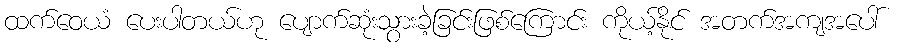
ထက်ဝေယံ ပေးပါတယ်ဟု ပျောက်ဆုံးသွားခဲ့ခြင်းဖြစ်ကြောင်း ကိုယ့်နိုင် အတက်အကျအပေါ်